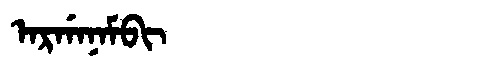
Manchu: ᠠᡵᡤᠠᠨᠠᠮᠪᡳ
Romanization: ARGANAMBI